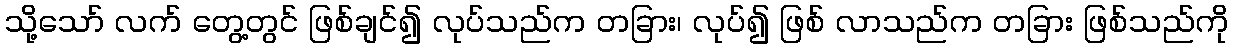
သို့သော် လက် တွေ့တွင် ဖြစ်ချင်၍ လုပ်သည်က တခြား၊ လုပ်၍ ဖြစ် လာသည်က တခြား ဖြစ်သည်ကို